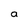
Character: a